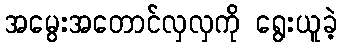
အမွေးအတောင်လှလှကို ရွေးယူခဲ့